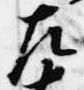
左